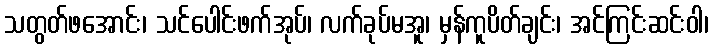
သတွတ်ဖအောင်း၊ သင်ပေါင်းဖက်အုပ်၊ လက်ခုပ်မအူ၊ မှန်ကူပိတ်ချင်း၊ အင်ကြင်းဆင်းဝါ၊